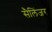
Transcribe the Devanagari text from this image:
सैलिंजर